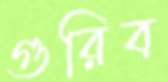
গুরিব